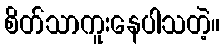
စိတ်သာကူးနေပါသတဲ့။